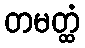
တမတ္ထံ